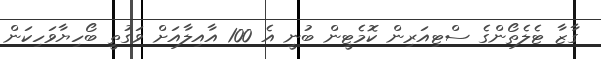
ގާޒާ ޓެލެތޯންގެ ސްޓިއަރިން ކޮމެޓީން ބުނީ އެ 100 އާއިލާއަށް ވަގުތީ ބޯހިޔާވަހިކަން